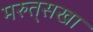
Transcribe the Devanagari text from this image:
मरुत्‌सखा